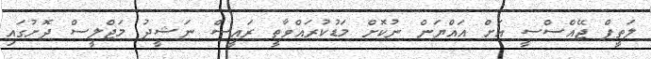
ލަތީފް ޖޭއްސްސީ އަށް އައްޔަން ނުކޮށް މަޑުކުރައްވާތީ ރައީސް ނަޝީދު މަޖްލީސް ދޮށުގައި